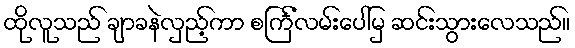
ထိုလူသည် ချာခနဲလှည့်ကာ စင်္ကြံလမ်းပေါ်မှ ဆင်းသွားလေသည်။